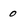
Character: 0